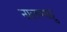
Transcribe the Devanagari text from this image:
नालप्पाट्टु